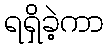
ရရှိခဲ့ကာ